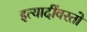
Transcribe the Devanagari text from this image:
इत्यादींवरतो